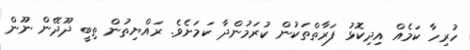
ހުރިހާ ކަމެއް އިދިކޮޅު ފަރާތްތަކުން ކުރަމުންދާ ކަމަށެވެ. ރައްޔިތުން ތިބީ ދޫދޭން ނޫން